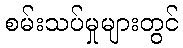
စမ်းသပ်မှုများတွင်